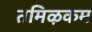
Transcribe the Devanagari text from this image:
तमिऴकम